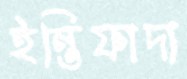
ইন্তিফাদা